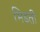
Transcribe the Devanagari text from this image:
भिड़ती